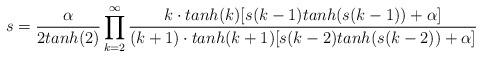
LaTeX: \begin{align*}s=\frac{\alpha}{2tanh(2)}\prod_{k=2}^{\infty}{\frac{k\cdot{tanh(k)}[s(k-1)tanh(s(k-1))+\alpha]}{(k+1)\cdot{tanh(k+1)}[s(k-2)tanh(s(k-2))+\alpha]}} \end{align*}